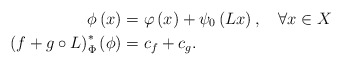
\begin{align*}\phi\left(x\right) & =\varphi\left(x\right)+\psi_0\left(Lx\right),\quad\forall x\in X\\\left(f+g\circ L\right)^{*}_\Phi\left(\phi\right) & =c_f+c_g.\end{align*}